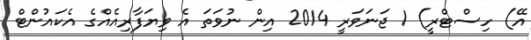
އޭ) ހިސްޓްރީ) 1 ޖަނަވަރީ 2014 އިން ނުވަތަ އެ ވިޔަފާރިއެއްގެ އެކައުންޓް